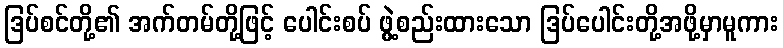
ဒြပ်စင်တို့၏ အက်တမ်တို့ဖြင့် ပေါင်းစပ် ဖွဲ့စည်းထားသော ဒြပ်ပေါင်းတို့အဖို့မှာမူကား